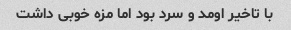
با تاخیر اومد و سرد بود اما مزه خوبی داشت